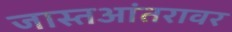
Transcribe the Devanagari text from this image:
जास्तआंतरावर